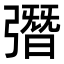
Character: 㣅